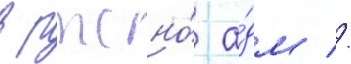
в ртсно́ а́дм //